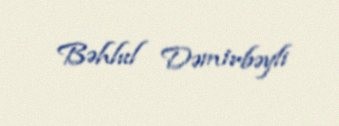
Bəhlul Dəmirbəyli